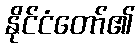
နိုင်ငံတော်၏